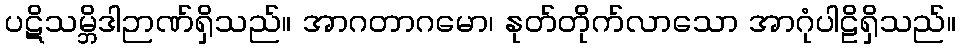
ပဋိသမ္ဘိဒါဉာဏ်ရှိသည်။ အာဂတာဂမော၊ နုတ်တိုက်လာသော အာဂုံပါဠိရှိသည်။